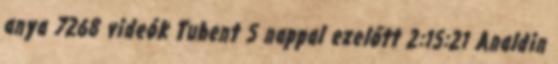
anya 7268 videók Tubent 5 nappal ezelőtt 2:15:21 Analdin